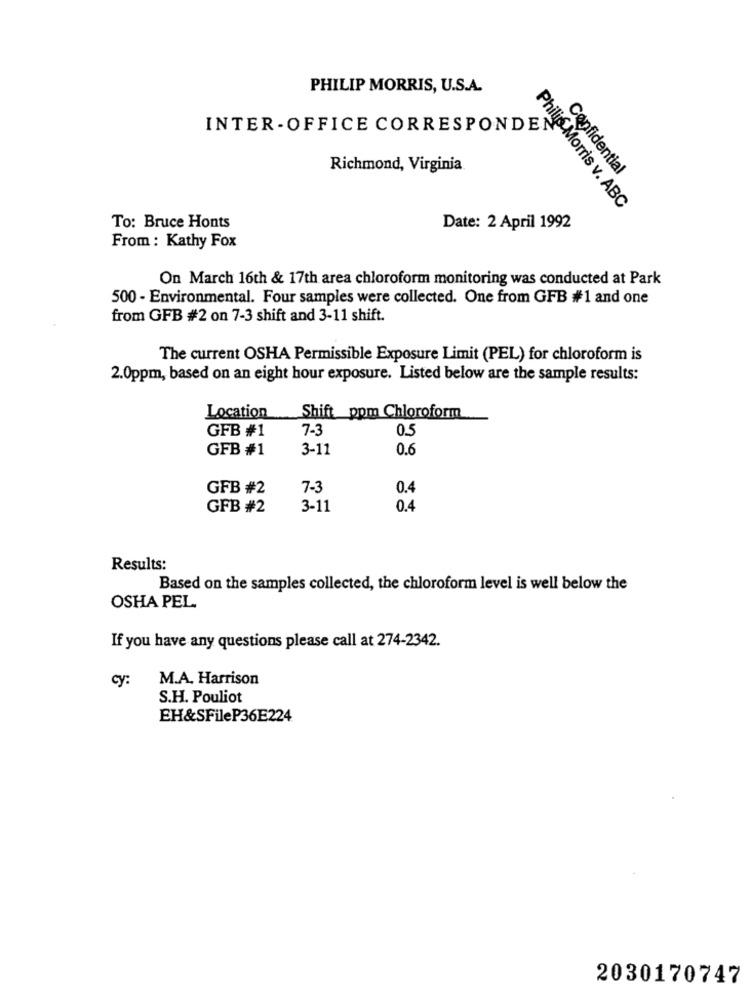
PHILIP MORRIS, U.S.A.
INTER - OFFICE CORRESPONDE
Richmond, Virginia
Confidential
Philips Morris v. ABC
To: Bruce Honts
Date: 2 April 1992
From : Kathy Fox
On March 16th & 17th area chloroform monitoring was conducted at Park
500 - Environmental. Four samples were collected. One from GFB #1 and one
from GFB #2 on 7-3 shift and 3-11 shift.
The current OSHA Permissible Exposure Limit (PEL) for chloroform is
2.0ppm, based on an eight hour exposure. Listed below are the sample results:
Location Shift ppm Chloroform
GFB #1
7-3
0.5
GFB #1
3-11
0.6
GFB #2
7-3
0.4
GFB #2
3-11
0.4
Results:
Based on the samples collected, the chloroform level is well below the
OSHA PEL
If you have any questions please call at 274-2342.
CY:
M.A. Harrison
S.H. Pouliot
EH&SFileP36E224
2030170747